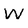
Character: W